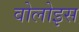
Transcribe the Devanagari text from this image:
वोलोइस